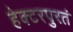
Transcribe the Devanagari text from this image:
हेक्टरपुरतं